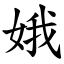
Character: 娥